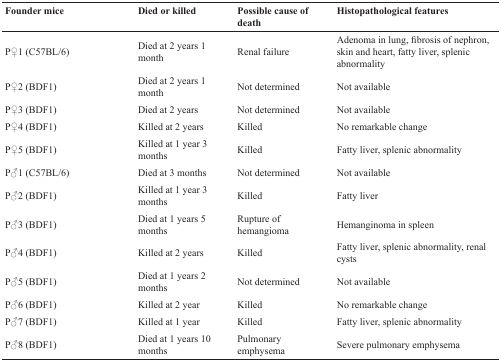
<table><thead><tr><td><b>Founder mice</b></td><td><b>Died or killed</b></td><td><b>Possible cause of death</b></td><td><b>Histopathological features</b></td></tr></thead><tbody><tr><td>P♀1 (C57BL/6)</td><td>Died at 2 years 1 month</td><td>Renal failure</td><td>Adenoma in lung, fibrosis of nephron, skin and heart, fatty liver, splenic abnormality</td></tr><tr><td>P♀2 (BDF1)</td><td>Died at 2 years 1 month</td><td>Not determined</td><td>Not available</td></tr><tr><td>P♀3 (BDF1)</td><td>Died at 2 years</td><td>Not determined</td><td>Not available</td></tr><tr><td>P♀4 (BDF1)</td><td>Killed at 2 years</td><td>Killed</td><td>No remarkable change</td></tr><tr><td>P♀5 (BDF1)</td><td>Killed at 1 year 3 months</td><td>Killed</td><td>Fatty liver, splenic abnormality</td></tr><tr><td>P♂1 (C57BL/6)</td><td>Died at 3 months</td><td>Not determined</td><td>Not available</td></tr><tr><td>P♂2 (BDF1)</td><td>Killed at 1 year 3 months</td><td>Killed</td><td>Fatty liver</td></tr><tr><td>P♂3 (BDF1)</td><td>Died at 1 years 5 months</td><td>Rupture of hemangioma</td><td>Hemanginoma in spleen</td></tr><tr><td>P♂4 (BDF1)</td><td>Killed at 2 years</td><td>Killed</td><td>Fatty liver, splenic abnormality, renal cysts</td></tr><tr><td>P♂5 (BDF1)</td><td>Died at 1 years 2 months</td><td>Not determined</td><td>Not available</td></tr><tr><td>P♂6 (BDF1)</td><td>Killed at 2 year</td><td>Killed</td><td>No remarkable change</td></tr><tr><td>P♂7 (BDF1)</td><td>Killed at 1 year</td><td>Killed</td><td>Fatty liver, splenic abnormality</td></tr><tr><td>P♂8 (BDF1)</td><td>Died at 1 years 10 months</td><td>Pulmonary emphysema</td><td>Severe pulmonary emphysema</td></tr></tbody></table>